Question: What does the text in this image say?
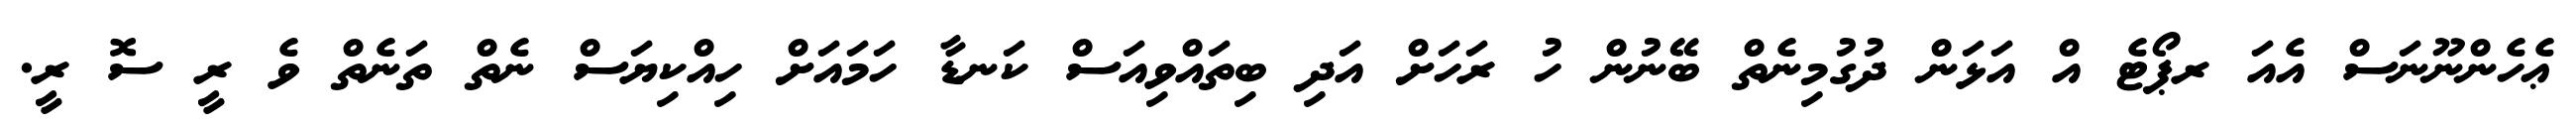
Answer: ޢެހެންނޫނަސް އެއަ ރޕޯޓެ އް އަޅަން ދުގުމިނެތް ބޭނުން ހު ރަހަށް އަދި ބިތައްވިއަސް ކަނޑާ ހަމައަށް ހިއްކިޔަސް ނެތް ތަނެތް ވެ ރީ ސޮ ރީ.